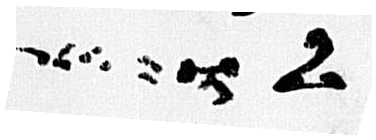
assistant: לו